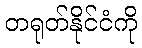
တရုတ်နိုင်ငံကို